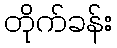
တိုက်ခန်း